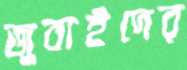
জুবাইদের